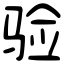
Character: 验